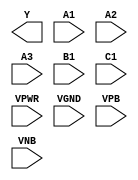
module sky130_fd_sc_ls__a311oi (
    Y   ,
    A1  ,
    A2  ,
    A3  ,
    B1  ,
    C1  ,
    VPWR,
    VGND,
    VPB ,
    VNB
);

    output Y   ;
    input  A1  ;
    input  A2  ;
    input  A3  ;
    input  B1  ;
    input  C1  ;
    input  VPWR;
    input  VGND;
    input  VPB ;
    input  VNB ;
endmodule